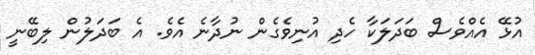
އުޅޭ އެއްވެސް ބަދަލަކާ ހެދި އުނިވެގެން ނުދާނެ އެވެ. އެ ބަދަލުން ލިބޭނީ